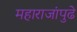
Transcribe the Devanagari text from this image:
महाराजांपुढे